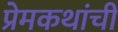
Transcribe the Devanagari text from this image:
प्रेमकथांची